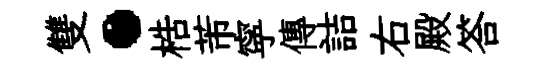
雙·梏芾寜傳詰右殿答